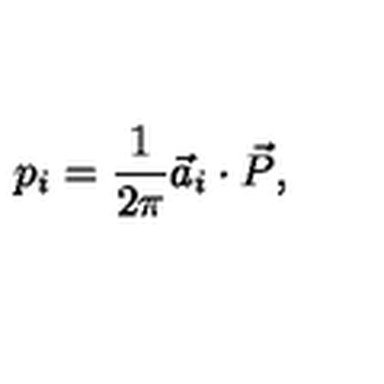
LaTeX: p _ { i } = \frac { 1 } { 2 \pi } { \vec { a } } _ { i } \cdot { \vec { P } } ,